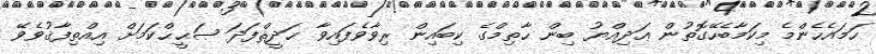
ހަމައެހެންމެ މިކަމާބެހޭގޮތުން ޢަދިއްޔު ބިން ޙާތިމްގެ ކިބައިން ރިވާވެފައިވާ ޙަދީޘްފަދަ ޞަޙީޙްކަމަށް އިއްތިފާޤުވެވޭ